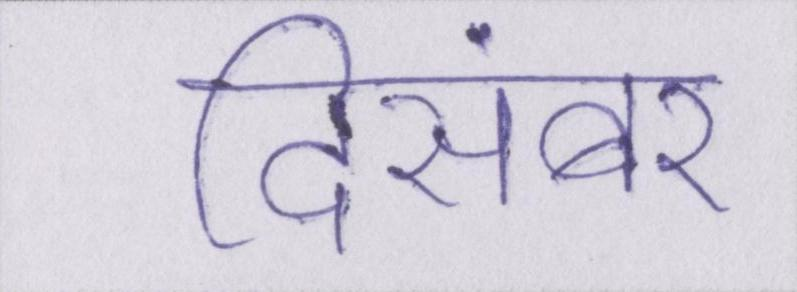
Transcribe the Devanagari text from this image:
दिसंबर